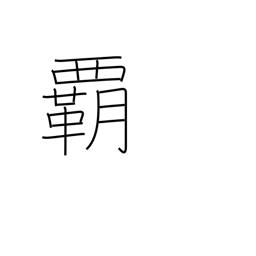
Meaning: supremacy